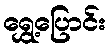
ရွှေ့ပြောင်း